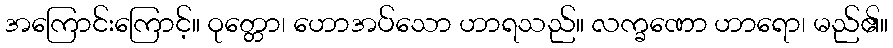
အကြောင်းကြောင့်။ ဝုတ္တော၊ ဟောအပ်သော ဟာရသည်။ လက္ခဏော ဟာရော၊ မည်၏။